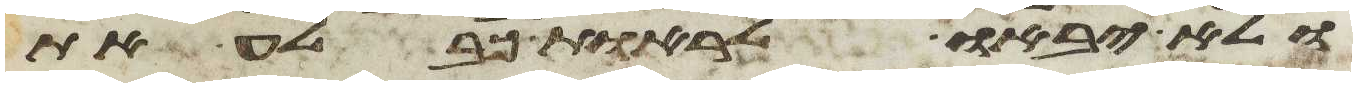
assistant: ולא יבאו לראות כבלע את